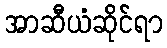
အာဆီယံဆိုင်ရာ